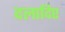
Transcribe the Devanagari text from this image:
दलादिए